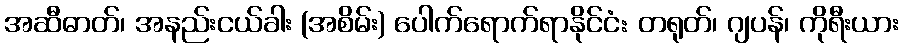
အဆီဓာတ်၊ အနည်းငယ်ခါး (အစိမ်း) ပေါက်ရောက်ရာနိုင်ငံ: တရုတ်၊ ဂျပန်၊ ကိုရီးယား